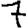
Digit: 7